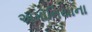
અમોનિયાના